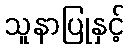
သူနာပြုနှင့်